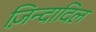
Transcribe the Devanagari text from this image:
ज़िन्दादिल